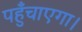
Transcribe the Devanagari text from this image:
पहुँचाएगा।